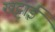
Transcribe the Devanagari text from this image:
खट्टाई